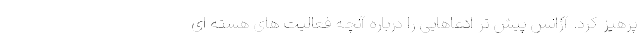
پرهیز کرد. آژانس پیش تر ادعاهایی را درباره آنچه فعالیت های هسته ای